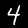
Label: 4